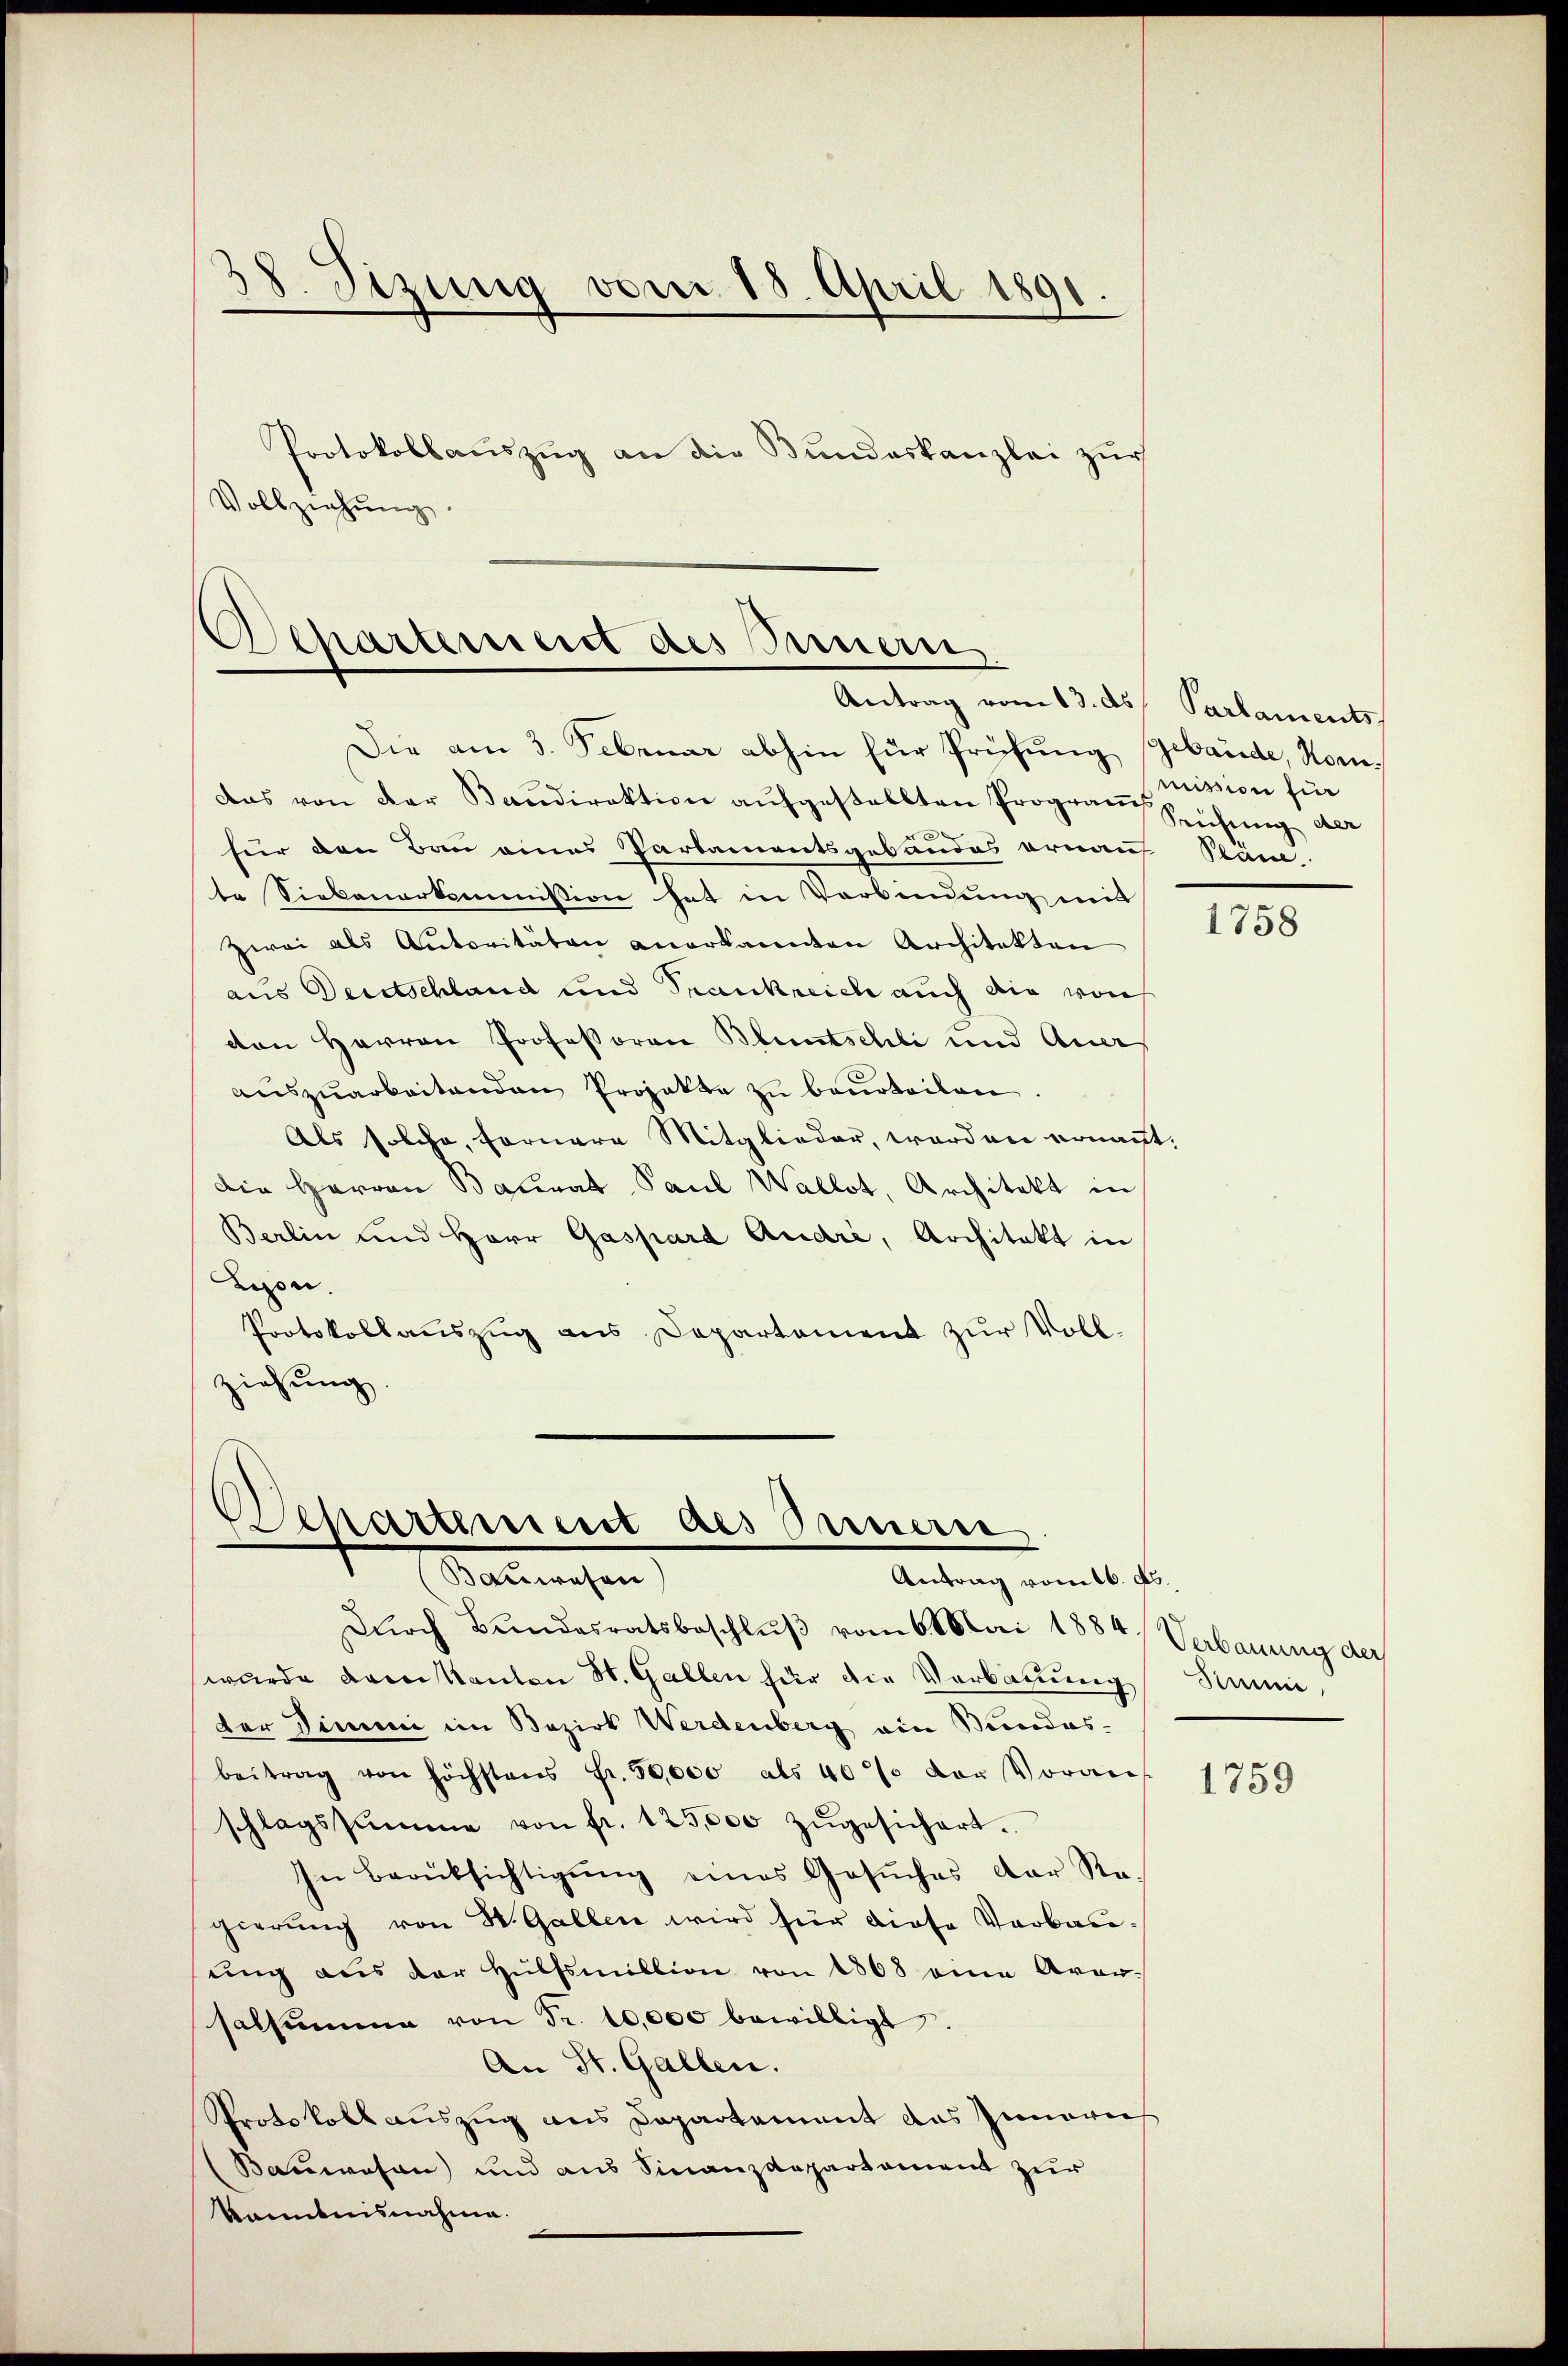
Protokollauszug an die Bundeskanzlei zur
Vollziehŭng.

8. Sizung vom 18. April 1891.

Departement des Innern,
Antrag vom 13. ds Parlaments

Separtiment als Peenerse
Baumessen
Antrag vom 16. ds.

Die am 3. Februar abhin für Prüfung gebäude, Komdas von der Baŭdirektion aufgestellten Program Reichung der
für den Bau eines Parlamentsgebandes ornen Pläne.
te Siebenerkommission hat in Verbindung mit
Zwei als Autoritäten anerkannten Architekten
aus Deutschland und Trankreich auch die von
den Herren Professoren Bluntschli und Aner
aŭszŭarbeitenden Projekte zu beurteilen.
Als solche, fernere Mitglieder, worden ernannt.
Die Harren Baurat Paul Wallot, Architekt in
Berlin und Herr Gaspard Andri, Architekt in
Lyon.
Protokollauszug aus Departement zur Voll-
ziehung.

mission fin

Durch Bundesratsbeschluß vom 6. Mai 1884) Verbauung der
wurde dem Kanton St. Gallen für die Verbauung Sinn,
der Dimmi im Bezirk Werdenberg ein Bundesbeitrag von höchstens Fr. 50,000 als 40% der Voraus
schlagssumme von fr. 125,000 zŭgesichert.
In Berüksichtigŭng eines Gesŭches der Re-
gierung von St. Gallen wird für diese Verbausung aus der Hülfsmillion von 1868 eine Aversalsumme von Fr. 10,000 bewilligt.
An St. Gallen.
Protokoll auszug aus Departement das Innern
Bauwesen) und aus Finanzdepartement zur
kanntnisnahme.

1758

1759